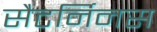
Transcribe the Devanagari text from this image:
सैटर्निनस